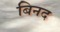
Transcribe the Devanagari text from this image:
बिनद